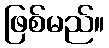
ဖြစ်မည်။